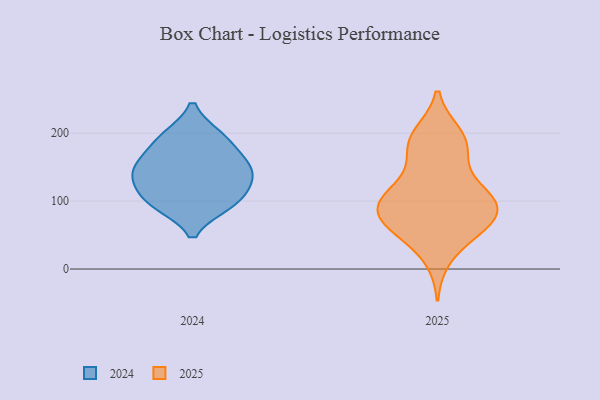
{"axis": {"x": "Bounce Rate (%)", "y": "Value"}, "legend": ["2024", "2025"], "data": [{"x": "", "y": 109, "type": "2025"}, {"x": "", "y": 107, "type": "2025"}, {"x": "", "y": 192, "type": "2025"}, {"x": "", "y": 198, "type": "2025"}, {"x": "", "y": 115, "type": "2025"}, {"x": "", "y": 192, "type": "2025"}, {"x": "", "y": 17, "type": "2025"}, {"x": "", "y": 171, "type": "2025"}, {"x": "", "y": 85, "type": "2025"}, {"x": "", "y": 61, "type": "2025"}, {"x": "", "y": 106, "type": "2025"}, {"x": "", "y": 106, "type": "2025"}, {"x": "", "y": 81, "type": "2025"}, {"x": "", "y": 64, "type": "2025"}, {"x": "", "y": 57, "type": "2025"}, {"x": "", "y": 85, "type": "2025"}, {"x": "", "y": 64, "type": "2025"}, {"x": "", "y": 164, "type": "2025"}, {"x": "", "y": 158, "type": "2024"}, {"x": "", "y": 196, "type": "2024"}, {"x": "", "y": 99, "type": "2024"}, {"x": "", "y": 128, "type": "2024"}, {"x": "", "y": 170, "type": "2024"}, {"x": "", "y": 96, "type": "2024"}, {"x": "", "y": 148, "type": "2024"}, {"x": "", "y": 140, "type": "2024"}, {"x": "", "y": 196, "type": "2024"}, {"x": "", "y": 95, "type": "2024"}, {"x": "", "y": 129, "type": "2024"}]}